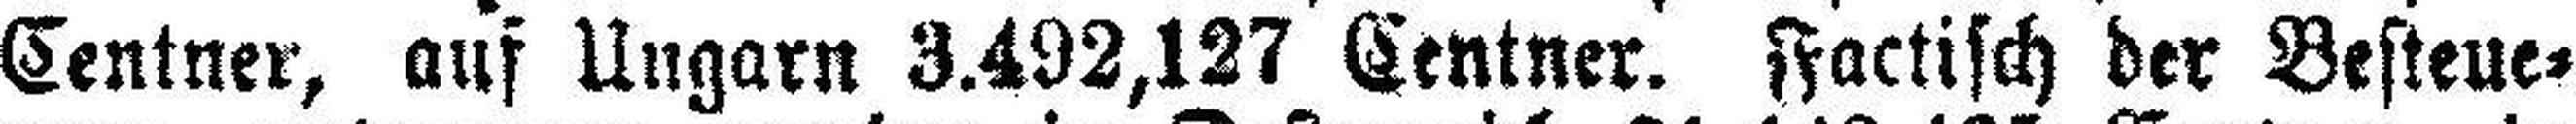
Centner, auf Ungarn 3.492,127 Centner. Factisch der Besteue¬